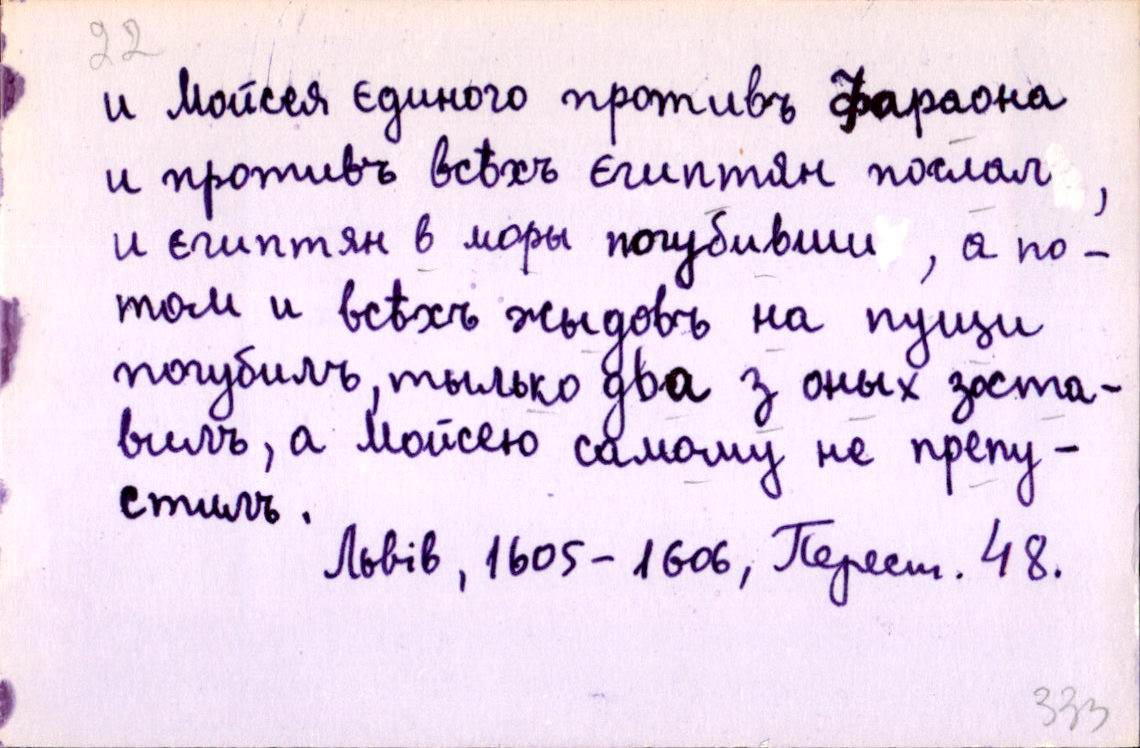
и Мойсея єдиного противъ Фараона
и противъ всѣхъ єгиптян послал,
и єгиптян в моры погубивши, а по-
том и всѣхъ жыдовъ на пущи
погубилъ, тылько два з оных зоста-
вилъ, а Мойсею самому не препу-
стилъ.
Львів, 1605-1606, Перест. 48.